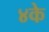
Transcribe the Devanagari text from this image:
४के